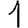
Digit: 1